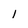
Character: 1